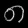
Digit: ၈